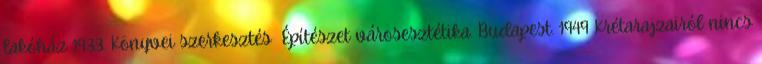
lakóház 1933. Könyvei szerkesztés Építészet városesztétika. Budapest. 1949 Krétarajzairól nincs